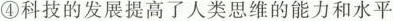
④科技的发展提高了人类思维的能力和水平